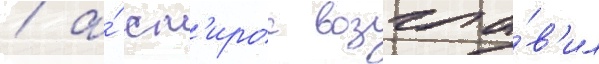
/ а́ сп'ирос возгла́в'ил